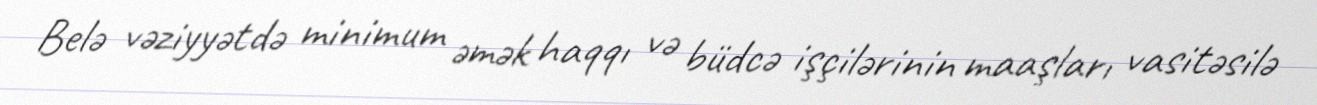
Belə vəziyyətdə minimum əmək haqqı və büdcə işçilərinin maaşları vasitəsilə